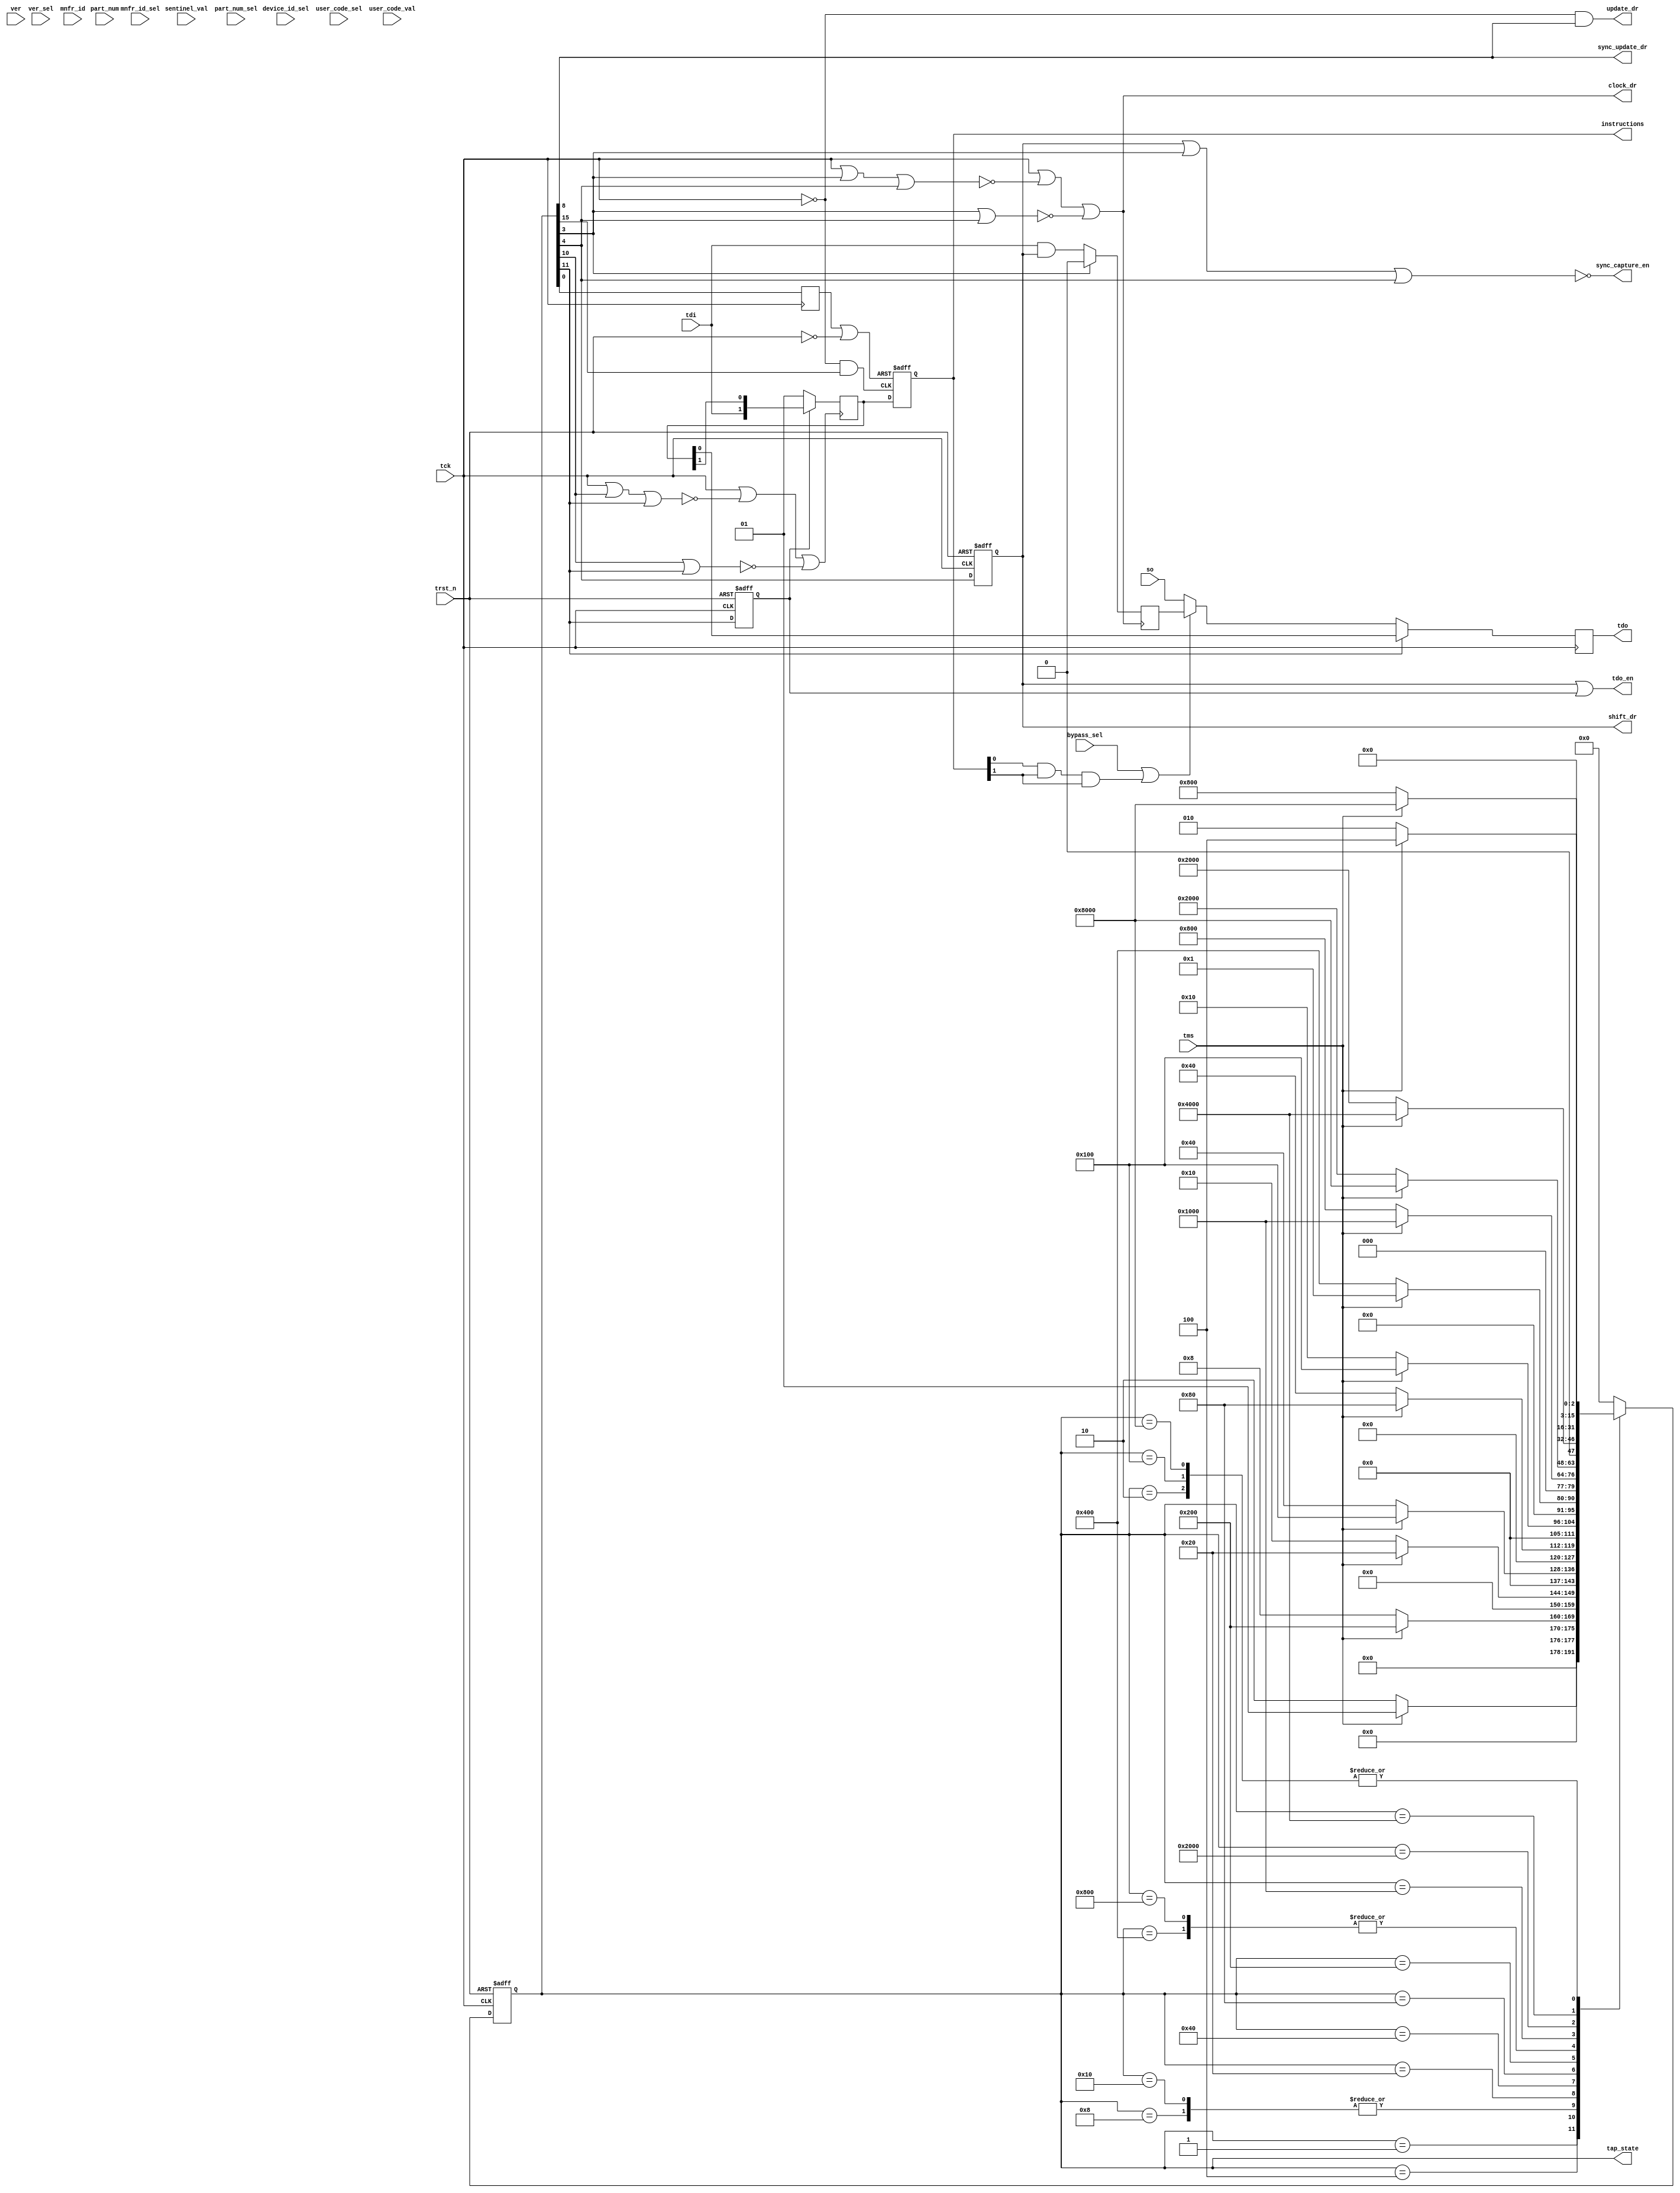
//-------------------------------------------------------------------------
// Copyright (c) 1997-2009 Cadence Design Systems, Inc.  All rights reserved.
// This work may not be copied, modified, re-published, uploaded, executed,
// or distributed in any way, in any medium, whether in whole or in part,
// without prior written permission from Cadence Design Systems, Inc.
//------------------------------------------------------------------------

//------------------------------------------------------------------------
//  Abstract   : Simulation Architecture for CW_tap_uc
//  RC Release : 20.10-p001_1
//------------------------------------------------------------------------

//-----------------------------------------------------------------------
//  Module         : CW_tap_uc
//  Abstract       : TAP Controller with Usercode support 
//
//  Pin Name        Width    	   Direction  Function
//----------------------------------------------------------------------
//  tck             1 bit    	   Input      Test clock
//  trst_n          1 bit    	   Input      Test reset, active low
//  tms             1 bit    	   Input      Test mode select
//  tdi             1 bit    	   Input      Test data in
//  so              1 bit    	   Input      Serial data from boundary scan
//                           	              registers and data registers
//  bypass_sel      1 bit    	   Input      Selects bypass register,active
//                                            high
//  sentinel_val    width bit-1(s) Input      User defined status bits
//  device_id_sel   1 bit          Input      Selects the device identification 
//                                            register, active high
//  user_code_sel   1 bit          Input      Selects the user_code_val bus for
//                                            input in to the device identification
//                                            register, active high
//  user_code_val   32 bits        Input      32-bit user defined code.
//  ver             4 bits         Input      4 bit version number
//  ver_sel         1 bit          Input      Selects version from the parameter
//                                            or the ver input port 
//                                            0 = version (parameter) 
//                                            1 = ver (input port)
//  part_num        16 bits        Input      16 bit part number
//  part_num_sel    1 bit          Input      Selects part from the parameter
//                                            or the part_num from the input port 
//                                            0 = part (parameter) 
//                                            1 = part_num (input port)
//  mnfr_id         11 bits        Input      11 bit JEDEC manufacturer's 
//                                            identity code (mnfr_id != 127)
//  mnfr_id_sel     1 bit          Input      Selects man_num from the parameter 
//                                            or mnfr_id from the input port 
//                                            0 = man_num (parameter) 
//                                            1 = mnfr_id (input port)
//  clock_dr        1 bit          Output     Clock's in data in asynchronous
//                                            mode
//  shift_dr        1 bit          Output     Enables shifting of data in both
//                                            synchronous and asynchronous mode
//  update_dr       1 bit          Output     Enables updating data in asynchronous mode
//  tdo             1 bit          Output     Test data out
//  tdo_en          1 bit          Output     Enables for tdo output buffer
//  tap_state       16 bits        Output     Current state of the TAP finite
//                                            state machine
//  instructions    width bit(s)   Output     Instruction register output
//  sync_capture_en 1 bit          Output     Enable for synchronous capture    
//  sync_update_dr  1 bit          Output     Enable updating new data in
//                                            synchronous mode 
//-----------------------------------------------------------------------
//
//  Parameter       Values             Description
//-----------------------------------------------------------------------
//  width           2 to 32            Width of instruction register
//                  Default: 2
//  id              0 or 1             Determines whether the device 
//                  Default: 0         identification register is present 
//                                     0 = not present,
//                                     1 = present
//  idcode_opcode   1 to 2^(width-1)   Opcode for IDCODE.
//                  Default: 1
//  version         0 to 15            4-bit version number
//                  Default: 0
//  part            0 to 65535         16-bit part number
//                  Default: 0
//  man_num         0 to 2047          11-bit JEDEC manufacturer identity code
//                  man_num !=127 
//                  Default: 0 
//  sync_mode       0 or 1             Determines whether the bypass, device 
//                  Default: 0         identification, and instruction registers 
//                                     are synchronous with respect to tck 
//                                     0 = asynchronous, 
//                                     1 = synchronous
//----------------------------------------------------------------------- 

module CW_tap_uc ( 
		tck, 
		trst_n, 
		tms, 
		tdi, 
		so, 
		bypass_sel, 
		sentinel_val,
		device_id_sel,
		user_code_sel,
		user_code_val,
		ver,
		ver_sel,
		part_num,
		part_num_sel,
		mnfr_id,
		mnfr_id_sel,
		clock_dr, 
		shift_dr,
		update_dr,
		tdo,
		tdo_en,
		tap_state,
		instructions, 
		sync_capture_en, 
		sync_update_dr           );
   
//----------------------------------------------------------------------
// parameters declaration
//----------------------------------------------------------------------
   parameter width = 2;
   parameter id = 0;
   parameter idcode_opcode =1;
   parameter version = 0;
   parameter part = 0;
   parameter man_num = 0;
   parameter sync_mode = 0;

   parameter RESET      = 0;
   parameter IDLE       = 1;
   parameter SEL_DR_SC  = 2;
   parameter CAPTURE_DR = 3;
   parameter SHIFT_DR   = 4;
   parameter EXIT1_DR   = 5;
   parameter PAUSE_DR   = 6;
   parameter EXIT2_DR   = 7;
   parameter UPDATE_DR  = 8;
   parameter SEL_IR_SC  = 9;
   parameter CAPTURE_IR = 10;
   parameter SHIFT_IR   = 11;
   parameter EXIT1_IR   = 12;
   parameter PAUSE_IR   = 13;
   parameter EXIT2_IR   = 14;
   parameter UPDATE_IR  = 15;

   parameter RESET_STATE      = 16'b0000000000000001;
   parameter IDLE_STATE       = 16'b0000000000000010;
   parameter SEL_DR_SC_STATE  = 16'b0000000000000100;
   parameter CAPTURE_DR_STATE = 16'b0000000000001000;
   parameter SHIFT_DR_STATE   = 16'b0000000000010000;
   parameter EXIT1_DR_STATE   = 16'b0000000000100000;
   parameter PAUSE_DR_STATE   = 16'b0000000001000000;
   parameter EXIT2_DR_STATE   = 16'b0000000010000000;
   parameter UPDATE_DR_STATE  = 16'b0000000100000000;
   parameter SEL_IR_SC_STATE  = 16'b0000001000000000;
   parameter CAPTURE_IR_STATE = 16'b0000010000000000;
   parameter SHIFT_IR_STATE   = 16'b0000100000000000;
   parameter EXIT1_IR_STATE   = 16'b0001000000000000;
   parameter PAUSE_IR_STATE   = 16'b0010000000000000;
   parameter EXIT2_IR_STATE   = 16'b0100000000000000;
   parameter UPDATE_IR_STATE  = 16'b1000000000000000; 

//----------------------------------------------------------------------
// input declaration
//----------------------------------------------------------------------
   input 		 tck;
   input 		 trst_n;
   input 		 tms;
   input 		 tdi;
   input 		 so;
   input 		 bypass_sel;
   input [(width - 2):0] sentinel_val;
   input 		  ver_sel;
   input 		  device_id_sel;
   input 		  user_code_sel;
   input [31:0] 	  user_code_val;
   input [3:0] 		  ver;
   input [15:0] 	  part_num;
   input 		  part_num_sel;
   input [10:0] 	  mnfr_id;
   input 		  mnfr_id_sel;
   
//----------------------------------------------------------------------
// output declaration
//----------------------------------------------------------------------
   output 		  clock_dr;
   output 		  shift_dr;
   output 		  update_dr;
   output 		  tdo;
   output 		  tdo_en;
   output [15:0] 	  tap_state;
   output [(width - 1):0] instructions;
   output 		  sync_capture_en;
   output 		  sync_update_dr;
 
//----------------------------------------------------------------------
// wire declaration
//----------------------------------------------------------------------
   wire [15:0] 		  tap_state;      
   wire 		  tck_n;
   wire 		  update_dr;
   wire 		  update_ir;
   wire 		  sync_capture_en;
   wire 		  sync_capture_ir;
   wire 		  sync_update_dr;
   wire 		  tdo_en;
   wire 		  capture_dr_clk;
   wire 		  capture_dr_en;
   wire 		  capture_ir_clk;   
   wire 		  capture_ir_en;
   wire 		  update_ir_clk;
   wire 		  update_ir_en;
   wire 		  clock_dr;   
   wire 		  clock_ir;
   wire 		  instr_rst;   
   wire 		  capture_dr;
   wire 		  data_in;
   wire [31:0] 		  id_code;
   wire 		  id_select;
   wire 		  bypass_int;
   wire [10:0] 		  temp_man_num_val;
   wire [15:0] 		  temp_part_val;
   wire [3:0] 		  temp_version_val;
   
//----------------------------------------------------------------------
// reg declaration
//----------------------------------------------------------------------
   reg [15:0] 		  curr_state;
   reg [15:0] 		  next_state;
   reg 			  shift_dr;
   reg 			  shift_ir;
   reg 			  reset;
   reg [31:0] 		  capture_dr_reg;
   reg [(width-1):0] 	  capture_ir_reg;
   reg [(width-1):0] 	  update_ir_reg;
   reg [(width-1):0] 	  data_in_ir;
   reg 			  bypass_so;
   reg 			  update_ir_reg_tmp_n;
   reg 			  update_ir_reg_tmp;
   reg 			  update_ir_reg_tmp_by;
   reg 			  tdo;
   reg 			  tdo_temp;
   
   assign 		  tck_n = ~tck; 
   
//--------------------------------------------------------------------
// Sequential part of the State Machine
//--------------------------------------------------------------------
   always @ (posedge tck or negedge trst_n)
     begin
	if(~trst_n)
	  curr_state <= RESET_STATE;
	else
	  curr_state <= next_state;
     end

//--------------------------------------------------------------------
// Combinatorial part of the State Machine
//--------------------------------------------------------------------
   always @ (curr_state or tms)
     begin

	case (curr_state)

	  RESET_STATE: // 0
	    begin
	       if(tms)
		 next_state = RESET_STATE; // 0
	       else 
		 next_state = IDLE_STATE; // 1
	    end
	  
	  IDLE_STATE: // 1
	    begin
	       if(tms)
		 next_state = SEL_DR_SC_STATE; // 2
	       else
		 next_state = IDLE_STATE; // 1
	    end
	  
	  SEL_DR_SC_STATE: // 2
	    begin
	       if(tms)
		 next_state = SEL_IR_SC_STATE; // 9
	       else
		 next_state = CAPTURE_DR_STATE; // 3
	    end
	  
	  CAPTURE_DR_STATE: // 3
	    begin
	       if(tms)
		 next_state = EXIT1_DR_STATE; // 5
	       else
		 next_state = SHIFT_DR_STATE; // 4
	    end

	  SHIFT_DR_STATE: // 4
	    begin
	       if(tms)
		 next_state = EXIT1_DR_STATE; // 5
	       else
		 next_state = SHIFT_DR_STATE; // 4
	    end

	  EXIT1_DR_STATE: // 5
	    begin
	       if(tms)
		 next_state = UPDATE_DR_STATE; // 8
	       else
		 next_state = PAUSE_DR_STATE; // 6
	    end
	  
	  PAUSE_DR_STATE: // 6
	    begin
	       if(tms)
		 next_state = EXIT2_DR_STATE; // 7
	       else
		 next_state = PAUSE_DR_STATE; // 6
	    end
	  
	  EXIT2_DR_STATE: // 7
	    begin
	       if(tms)
		 next_state = UPDATE_DR_STATE; // 8
	       else
		 next_state = SHIFT_DR_STATE; // 4
	    end
	  
	  UPDATE_DR_STATE: // 8
	    begin
	       if(tms)
		 next_state = SEL_DR_SC_STATE; // 2
	       else
		 next_state = IDLE_STATE; // 1
	    end
	  
	  SEL_IR_SC_STATE: // 9
	    begin
	       if(tms)
		 next_state = RESET_STATE; // 0
	       else
		 next_state = CAPTURE_IR_STATE; // 10
	    end
	  
	  CAPTURE_IR_STATE: // 10
	    begin
	       if(tms)
		 next_state = EXIT1_IR_STATE; // 12
	       else
		 next_state = SHIFT_IR_STATE; // 11
	    end

	  SHIFT_IR_STATE: // 11
	    begin
	       if(tms)
		 next_state = EXIT1_IR_STATE; // 12
	       else
		 next_state = SHIFT_IR_STATE; // 11
	    end

	  EXIT1_IR_STATE: // 12
	    begin
	       if(tms)
		 next_state = UPDATE_IR_STATE; // 15
	       else
		 next_state = PAUSE_IR_STATE; // 13
	    end
	  
	  PAUSE_IR_STATE: // 13
	    begin
	       if(tms)
		 next_state = EXIT2_IR_STATE; // 14
	       else
		 next_state = PAUSE_IR_STATE; // 13
	    end
	  
	  EXIT2_IR_STATE: // 14
	    begin
	       if(tms)
		 next_state = UPDATE_IR_STATE; // 15
	       else
		 next_state = SHIFT_IR_STATE; // 11
	    end
	  
	  UPDATE_IR_STATE: // 15
	    begin
	       if(tms)
		 next_state = SEL_DR_SC_STATE; // 2
	       else
		 next_state = IDLE_STATE; // 1
	    end

	  default:next_state = 16'd0;
	  
	  
	endcase // case1'b1
	
     end // always @ (curr_state or tms)
//--------------------------------------------------------------------
   
   always @ (posedge tck_n or negedge trst_n)
     begin
	if(~trst_n)
	  begin
	     shift_dr <= 1'b0;
	     shift_ir <= 1'b0;
	  end
	else
	  begin
	     shift_dr <= curr_state[SHIFT_DR];
	     shift_ir <= curr_state[SHIFT_IR];
	  end
     end // always @ (posedge tck_n or negedge trst_n)

   always @ (posedge tck_n)
     begin
	reset    <= curr_state[RESET];
     end
   
   
   assign tap_state       = curr_state;
   assign tdo_en          = shift_dr | shift_ir;
   assign clock_dr = tck | ~(tck | curr_state[CAPTURE_DR] | curr_state[SHIFT_DR]) |
			      ~(curr_state[CAPTURE_DR] | curr_state[SHIFT_DR]);
   assign clock_ir = tck | ~(tck | curr_state[CAPTURE_IR] | curr_state[SHIFT_IR]) |
			      ~(curr_state[CAPTURE_IR] | curr_state[SHIFT_IR]);
   assign instr_rst       = ~(reset | ~trst_n);
   assign update_dr       = tck_n & curr_state[UPDATE_DR];
   assign update_ir       = tck_n & curr_state[UPDATE_IR];
   assign sync_capture_en = ~(shift_dr | curr_state[CAPTURE_DR] | curr_state[SHIFT_DR]);
   assign sync_capture_ir = ~(shift_ir | curr_state[CAPTURE_IR] | curr_state[SHIFT_IR]);
   assign sync_update_dr  = curr_state[UPDATE_DR];
   assign capture_dr      = curr_state[CAPTURE_DR];
     
//--------------------------------------------------------------------
// capture_dr_reg generation
//--------------------------------------------------------------------
   assign capture_dr_clk = sync_mode ? tck        : clock_dr;
   assign capture_dr_en  = sync_mode ? ( curr_state[CAPTURE_DR] | 
					 curr_state[SHIFT_DR])   : 1'b1;

   assign temp_version_val = ver_sel == 1'b0 ? version[3:0] : ver;
   assign temp_part_val    = part_num_sel == 1'b0 ? part[15:0] : part_num;
   assign temp_man_num_val = mnfr_id_sel == 1'b0 ? man_num[10:0] : mnfr_id;

   assign id_code[0]       = user_code_sel == 1'b0 ? 1'b1 : user_code_val[0];
   assign id_code[11:1]    = user_code_sel == 1'b0 ? temp_man_num_val :
                             user_code_val[11:1];
   assign id_code[27:12]   = user_code_sel == 1'b0 ? temp_part_val : user_code_val[27:12];
   assign id_code[31:28]   = user_code_sel == 1'b0 ? temp_version_val : user_code_val[31:28];
   
   always @ (posedge capture_dr_clk)
     begin
	if(capture_dr_en)
	  begin
	     if(~shift_dr)
	       capture_dr_reg <= id_code;
	     else
	       capture_dr_reg <= {tdi,capture_dr_reg[31:1]};
	  end
     end

//--------------------------------------------------------------------
// capture_ir_reg generation
//--------------------------------------------------------------------
   assign capture_ir_clk = sync_mode ? tck             : clock_ir;   
   assign capture_ir_en  = sync_mode ? sync_capture_ir : 1'b0 ;
   
   always @ (sentinel_val)
     begin
	if(width > 2)
	  begin
	     data_in_ir = {(sentinel_val << 1),1'b1};
	  end
	data_in_ir[1:0] = 2'b01;
     end
         
   always @ (posedge capture_ir_clk)
     begin
	if(~capture_ir_en)
	  begin
	     if(~shift_ir)
	       begin
		  capture_ir_reg <= data_in_ir;
	       end
	     else
	       begin
		  capture_ir_reg <= {tdi,capture_ir_reg[(width-1):1]};
	       end
	  end
     end
   
//--------------------------------------------------------------------
// update_ir_reg generation
//--------------------------------------------------------------------
   assign update_ir_clk  = sync_mode ?  tck_n             : update_ir;
   assign update_ir_en   = sync_mode ? (curr_state[UPDATE_IR]) : 1'b1;

   always @ (posedge update_ir_clk or negedge instr_rst)
     begin
	if(~instr_rst)
	  begin
	     if(id == 1'b1)
	       update_ir_reg <= idcode_opcode;
	     else
	       update_ir_reg <= {width{1'b1}}; 
	  end
	else
	  begin
	     if(update_ir_en)
	       begin
		  update_ir_reg <= capture_ir_reg;
	       end
	  end
     end

//--------------------------------------------------------------------
// tdo generation
//--------------------------------------------------------------------   
   assign data_in = tdi & shift_dr;
      
   always @ (posedge capture_dr_clk)
     begin
	if(~capture_dr)
	  begin
	     if(capture_dr_en)
	       bypass_so <= data_in;
	  end
	else
	  bypass_so <= 1'b0;
     end

   always @ (bypass_sel or bypass_int or capture_dr_reg or id_select or so or bypass_so or device_id_sel)
     begin
	if(bypass_sel | bypass_int)
	  tdo_temp = bypass_so;
	else if(id & ( device_id_sel==1'b1 || id_select))
	  tdo_temp = capture_dr_reg[0];
	else
	  tdo_temp = so;
     end

   always @ (posedge tck_n)
     begin
	if(curr_state[SHIFT_IR])
	  tdo <= capture_ir_reg[0];
	else
	  tdo <= tdo_temp;
     end
   
//--------------------------------------------------------------------
// othere update_ir_reg dependent signals/outputs
//--------------------------------------------------------------------   
   integer i;   
   always @ (update_ir_reg)
     begin
	update_ir_reg_tmp_n  =  update_ir_reg[(width-1)]; 
	update_ir_reg_tmp    =  update_ir_reg[(width-1)]; 
	update_ir_reg_tmp_by =  update_ir_reg[(width-1)]; 
	if(width > 2)
	  begin
	     for (i = (width-1); i >= 2; i = i-1)
	       begin
		  update_ir_reg_tmp_n  = update_ir_reg_tmp_n  | update_ir_reg[i];
		  update_ir_reg_tmp    = update_ir_reg_tmp    | update_ir_reg[i];
		  update_ir_reg_tmp_by = update_ir_reg_tmp_by & update_ir_reg[i];
	       end
	  end
	else
	  begin
	     update_ir_reg_tmp_n  =  update_ir_reg[1]; 
	     update_ir_reg_tmp    = ~update_ir_reg[1]; 
	     update_ir_reg_tmp_by =  update_ir_reg[1]; 
	  end
     end
   
   assign instructions = update_ir_reg;
   assign id_select    =  update_ir_reg[0] & ~update_ir_reg[1] & ~update_ir_reg_tmp_n;
   assign bypass_int   =  update_ir_reg[0] &  update_ir_reg[1] &  update_ir_reg_tmp_by;

//----------------------------------------------------------------------
// cadence translate_off
// synopsys translate_off
//----------------------------------------------------------------------
   initial
     begin : parameter_check
       integer err_flag;
	
	reg [width:0] upper_limit;
        upper_limit = 0;
	
	upper_limit[width]=1;
	upper_limit=upper_limit-1;
	
	
        err_flag = 0 ;

	
       if ((width < 2) ||(width > 32))
         begin
           $display("%m ERROR - Incorrect Parameter, width = %0d (Valid range : 2 to 32)", width);
           err_flag = 1;
         end
        
       if ((id != 1) && (id != 0))
         begin
           $display("%m ERROR - Incorrect Parameter, id = %0d (Valid range : 1 or 0)", id);
           err_flag = 1;
         end

       if ((version < 0 ) || (version > 15))
         begin
           $display("%m ERROR - Incorrect Parameter, version = %0d (Valid range : 0 to 15)", version);
           err_flag = 1;
         end

       if ((part < 0 ) || (part > 65535))
         begin
           $display("%m ERROR - Incorrect Parameter, part = %0d (Valid range : 0 to 65535)", part);
           err_flag = 1;
         end

       if ((man_num < 0 ) ||  (man_num > 2047) || (man_num == 127))
         begin
           $display("%m ERROR - Incorrect Parameter, man_num = %0d (Valid range : 0 to 2047, man_num != 127)", man_num);
           err_flag = 1;
         end

       if ((sync_mode != 1) && (sync_mode != 0))
         begin
           $display("%m ERROR - Incorrect Parameter, sync_mode = %0d (Valid range : 1 or 0)", sync_mode);
           err_flag = 1;
         end

       if ((idcode_opcode < 1) || (idcode_opcode > upper_limit))
         begin
           $display("%m ERROR - Incorrect Parameter, idcode_opcode = %0d (Valid range : 1 to 2^(width-1))",idcode_opcode );
           err_flag = 1;
         end
	
       if (err_flag)
         begin
           $display("%m ERROR - Simulation stopped due to incorrect parameter values");
           #1 $finish;
         end
    end // block: Parameter_Check
//----------------------------------------------------------------------
// cadence translate_on
// synopsys translate_on
//----------------------------------------------------------------------   
endmodule // CW_tap_uc
//------------------------------End of file-----------------------------